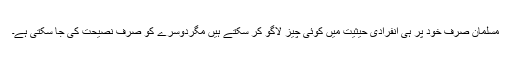
مسلمان صرف خود پر ہی انفرادی حیثیت میں کوئی چیز لاگو کر سکتے ہیں مگردوسرے کو صرف نصیحت کی جا سکتی ہے۔